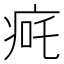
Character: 𬏨